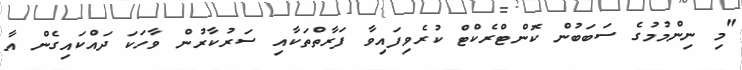
"މި ނިންމުމުގެ ސަބަބުން ކޮންޓްރެކްޓް ކުރެވިފައިވާ ފަރާތްތަކާއި ސަރުކާރުން ވާހަކަ ދައްކައިގެން އާ